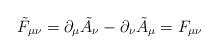
LaTeX: \begin{align*}\tilde F_{\mu\nu} = \partial_\mu \tilde A_\nu - \partial_\nu\tilde A_\mu =F_{\mu\nu} \end{align*}